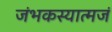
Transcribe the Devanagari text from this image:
जंभकस्यात्मजं